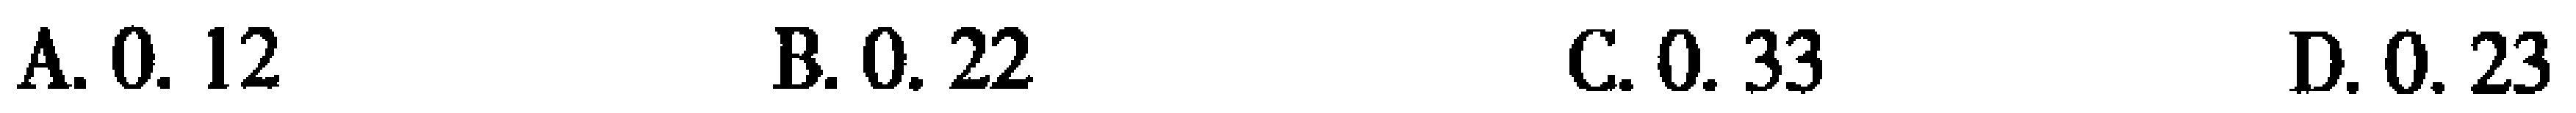
A. \(0.12\)  B. \(0.22\)  C. \(0.33\)  D. \(0.23\)